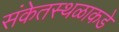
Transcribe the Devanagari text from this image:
संकेतस्थळाकडे